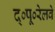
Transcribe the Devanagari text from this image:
द्०पू०रेलवे